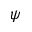
\psi